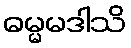
ဓမ္မမဒါသိ